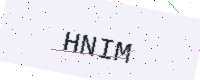
Text: HNIM